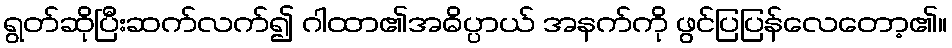
ရွတ်ဆိုပြီးဆက်လက်၍ ဂါထာ၏အဓိပ္ပာယ် အနက်ကို ဖွင်ပြပြန်လေတော့၏။